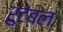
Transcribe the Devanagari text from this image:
रुटेबल